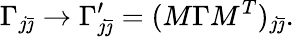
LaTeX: \Gamma_{j\bar{\jmath}}\rightarrow\Gamma_{j\bar{\jmath}}^{\prime}=(M\Gamma M^{T})_{j\bar{\jmath}}.